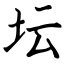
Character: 坛